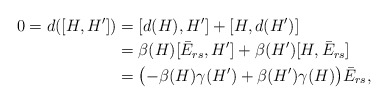
\begin{align*}0=d([H,H'])&=[d(H),H']+[H,d(H')]\\ &= \beta(H)[\bar E_{rs},H']+ \beta(H')[H,\bar E_{rs}]\\ &=\bigl(-\beta(H)\gamma(H')+\beta(H')\gamma(H)\bigr)\bar E_{rs},\end{align*}